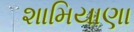
શામિયાણા